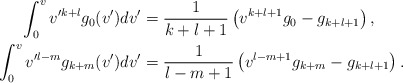
\begin{align*} \int_0^vv'^{k+l}g_0(v')dv'&=\frac{1}{k+l+1}\left(v^{k+l+1}g_0-g_{k+l+1}\right),\\ \int_0^vv'^{l-m}g_{k+m}(v')dv'&=\frac{1}{l-m+1}\left(v^{l-m+1}g_{k+m}-g_{k+l+1}\right).\end{align*}